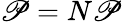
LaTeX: \mathscr{P}=N\mathscr{P}